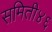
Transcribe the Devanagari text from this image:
समिती४६